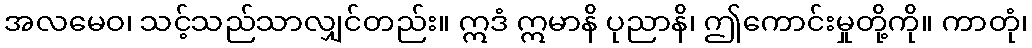
အလမေဝ၊ သင့်သည်သာလျှင်တည်း။ ဣဒံ ဣမာနိ ပုညာနိ၊ ဤကောင်းမှုတို့ကို။ ကာတုံ၊